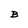
Character: B